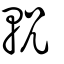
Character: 軦